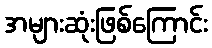
အများဆုံးဖြစ်ကြောင်း